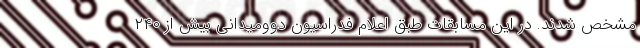
مشخص شدند. در این مسابقات طبق اعلام فدراسیون دوومیدانی بیش از ۲۴۰